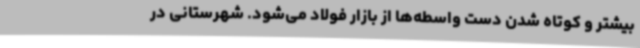
بیشتر و کوتاه شدن دست واسطه‌ها از بازار فولاد می‌شود. شهرستانی در